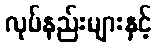
လုပ်နည်းများနှင့်